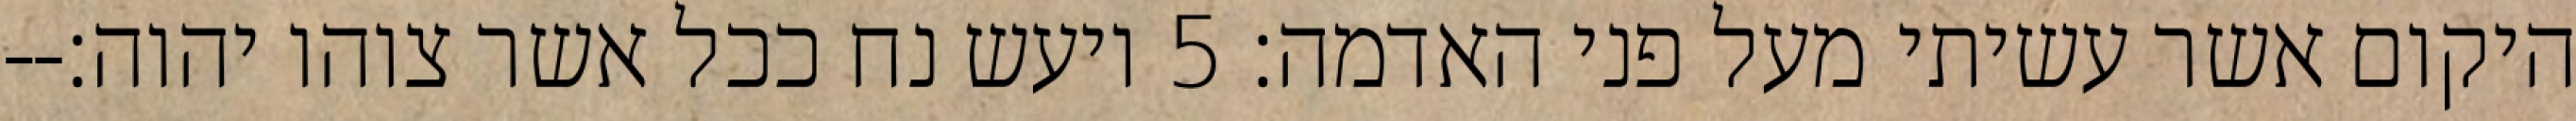
היקום אשר עשיתי מעל פני האדמה׃ ‎5‏ ויעש נח ככל אשר צוהו יהוה׃--